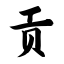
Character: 贡